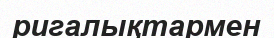
ригалықтармен